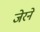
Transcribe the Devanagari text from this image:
जेरने